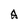
Character: A